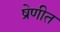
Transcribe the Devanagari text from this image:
ष्रेणीत